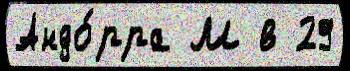
Андо́рра М в 29